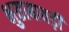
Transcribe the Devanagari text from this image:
भुताबावड़ी